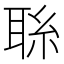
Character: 𦕱